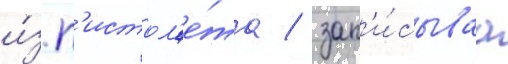
и́з п'истол'е́та / зап'и́сываа